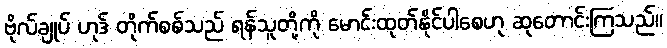
ဗိုလ်ချုပ် ဟုဒ် တိုက်စစ်သည် ရန်သူတို့ကို မောင်းထုတ်နိုင်ပါစေဟု ဆုတောင်းကြသည်။